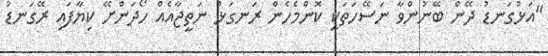
"އަޅުގަނޑު ދޭން ބޭނުންވާ ނަސޭހަތަކީ ކޮންމެހެން ރަނގަޅު ނަތީޖާއެއް ހޯދަންށޭ ކިޔާފައި ރޭގަނޑު